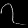
Digit: ၇